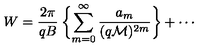
W = \frac { 2 \pi } { q B } \: \biggl \{ \sum _ { m = 0 } ^ { \infty } \frac { a _ { m } } { ( q { \cal M } ) ^ { 2 m } } \biggr \} + \cdots